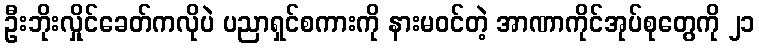
ဦးဘိုးလှိုင်ခေတ်ကလိုပဲ ပညာရှင်စကားကို နားမဝင်တဲ့ အာဏာကိုင်အုပ်စုတွေကို ၂၁